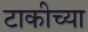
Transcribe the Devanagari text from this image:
टाकीच्या